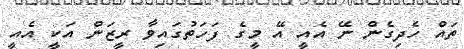
ތައް ހެދިގެން ނޭ އެއީ އޭ މީގެ ފަހަތުގައިވާ ރީޒަން އަކީ އެއީ